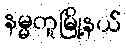
နမ္မတူမြို့နယ်